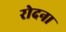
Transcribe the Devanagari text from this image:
रोदना